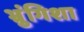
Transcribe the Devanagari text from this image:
भ्रुंगिशा